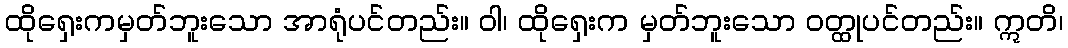
ထိုရှေးကမှတ်ဘူးသော အာရုံပင်တည်း။ ဝါ၊ ထိုရှေးက မှတ်ဘူးသော ဝတ္ထုပင်တည်း။ ဣတိ၊